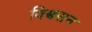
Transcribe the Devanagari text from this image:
विश्वसन